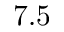
7 . 5